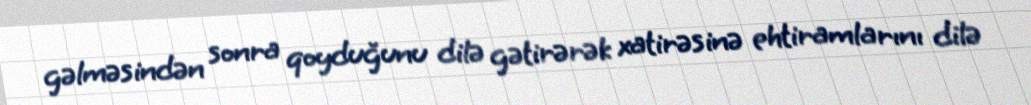
gəlməsindən sonra qoyduğunu dilə gətirərək xatirəsinə ehtiramlarını dilə